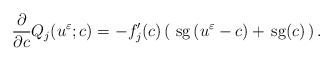
\begin{align*}\frac{\partial}{\partial c}Q_{j}(u^{\varepsilon};c)=-f_{j}^{\prime}(c)\left(\,\,\mbox{sg}\left(u^{\varepsilon}-c\right)+\,\mbox{sg}(c)\,\right).\end{align*}